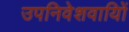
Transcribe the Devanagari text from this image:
उपनिवेशवायिों